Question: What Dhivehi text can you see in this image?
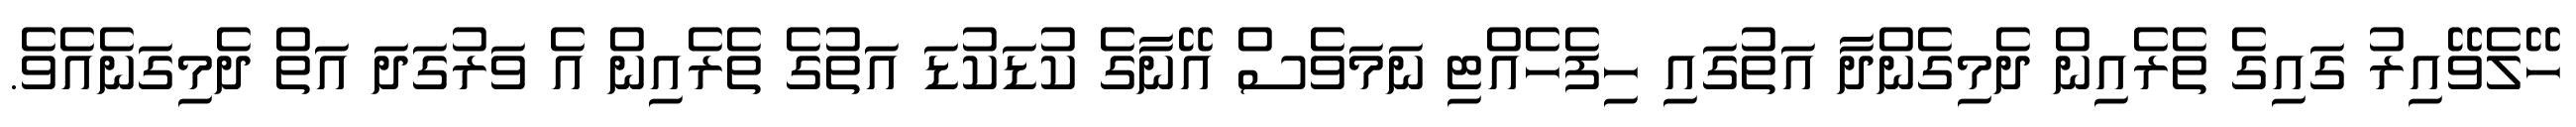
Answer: ހޭލެވޭއިރު ގައިގެ ތެރެއިން ދެމިގެންދާ އަތުގައި ހިފެހެއްޓި ނަމަވެސް އޭނާގެ ކުޑަކުޑަ އަތުގެ ތެރެއިން އެ ވަރުގަދަ އަތް ދެމިގަނެއެވެ.